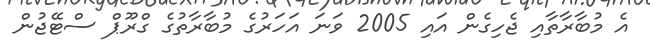
އެ މުބާރާތާއި ޖެހިގެން އައި 2005 ވަނަ އަހަރުގެ މުބާރާތުގެ ގްރޫޕް ސްޓޭޖުން